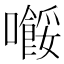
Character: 𡃲